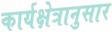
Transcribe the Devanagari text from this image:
कार्यक्षेत्रानुसार